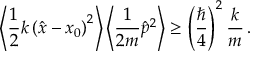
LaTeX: \left\langle { \frac { 1 } { 2 } } k \left( { \hat { x } } - x _ { 0 } \right) ^ { 2 } \right\rangle \left\langle { \frac { 1 } { 2 m } } { \hat { p } } ^ { 2 } \right\rangle \geq \left( { \frac { \hbar } { 4 } } \right) ^ { 2 } { \frac { k } { m } } \, .